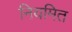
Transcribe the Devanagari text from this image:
नियमित